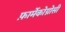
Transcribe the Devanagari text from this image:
फ़ार्मेकोग्नोसी